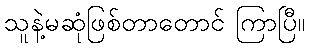
သူနဲ့မဆုံဖြစ်တာတောင် ကြာပြီ။